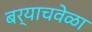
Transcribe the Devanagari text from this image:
बर्याचवेळा